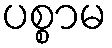
ပစ္စာမ